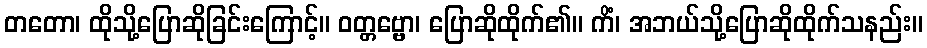
တတော၊ ထိုသို့ပြောဆိုခြင်းကြောင့်။ ဝတ္တဗ္ဗော၊ ပြောဆိုထိုက်၏။ ကိံ၊ အဘယ်သို့ပြောဆိုထိုက်သနည်း။